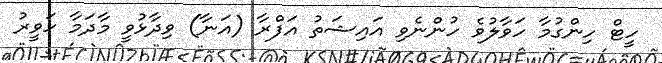
ހީޓް ހިންގުމާ ހަވާލުވެ ހުންނެވި އައިޝަތު އަފްރާ (އަނާ) ވިދާޅުވީ މާދަމާ ހަވީރު